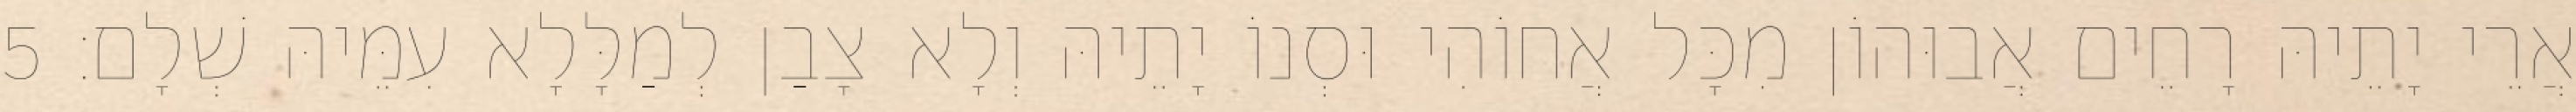
אֲרֵי יָתֵיהּ רָחֵים אֲבוּהוֹן מִכָּל אֲחוֹהִי וּסְנוֹ יָתֵיהּ וְלָא צָבַן לְמַלָּלָא עִמֵּיהּ שְׁלָם׃ 5